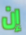
إن